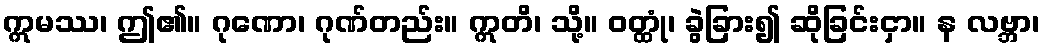
ဣမဿ၊ ဤ၏။ ဂုဏော၊ ဂုဏ်တည်း။ ဣတိ၊ သို့။ ဝတ္ထုံ၊ ခွဲခြား၍ ဆိုခြင်းငှာ။ န လဗ္ဘာ၊